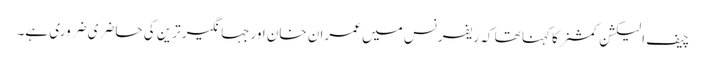
چیف الیکشن کمشنر کا کہنا تھا کہ ریفرنس میں عمران خان اورجہانگیر ترین کی حاضری ضروری ہے۔